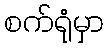
စက်ရုံမှာ